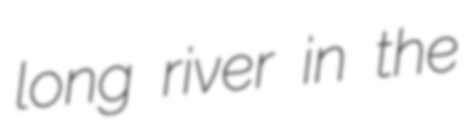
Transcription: long river in the